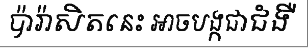
ប៉ារ៉ាសិតនេះ អាចបង្កជាជំងឺ